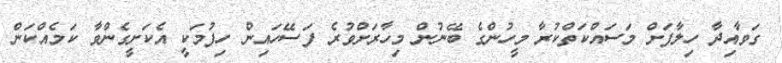
ގަވާއިދާ ހިލާފަށް މަސައްކަތްކުރާ މީހުންގެ ބޭނުން މިހާރަށްވުރެ ފަސޭހައިން ހިފުމަކީ އެކަށީގެންވާ ކަމެއްކަން